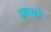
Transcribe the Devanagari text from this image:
अल्सो